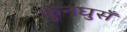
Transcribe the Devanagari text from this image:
कुनघुसँ